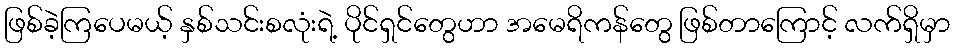
ဖြစ်ခဲ့ကြပေမယ့် နှစ်သင်းစလုံးရဲ့ ပိုင်ရှင်တွေဟာ အမေရိကန်တွေ ဖြစ်တာကြောင့် လက်ရှိမှာ